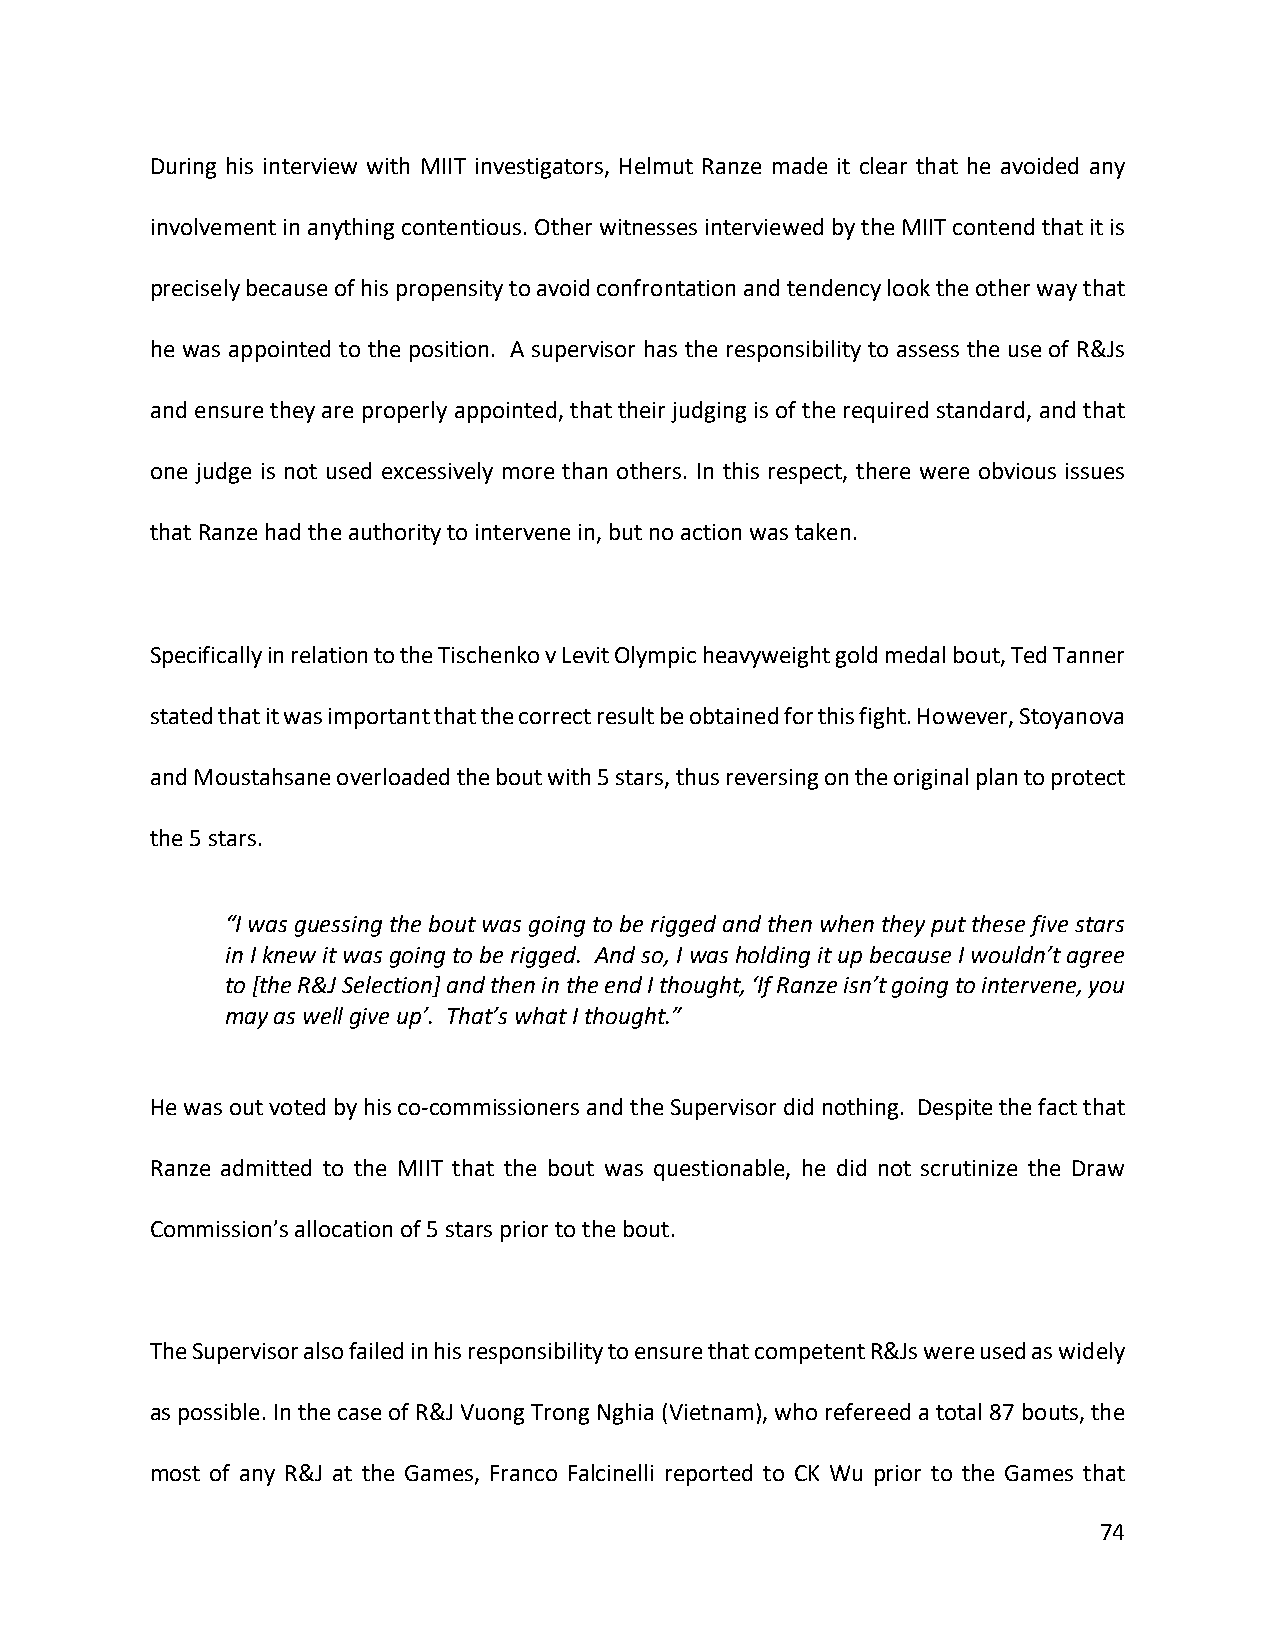
During his interview with MIIT investigators, Helmut Ranze made it clear that he avoided any
 involvement in anything contentious. Other witnesses interviewed by the MIIT contend that it is
 precisely because of his propensity to avoid confrontation and tendency look the other way that
 he was appointed to the position. A supervisor has the responsibility to assess the use of R&Js
 and ensure they are properly appointed, that their judging is of the required standard, and that
 one judge is not used excessively more than others. In this respect, there were obvious issues
 that Ranze had the authority to intervene in, but no action was taken.
 Specifically in relation to the Tischenko v Levit Olympic heavyweight gold medal bout, Ted Tanner
 stated that it was important that the correct result be obtained for this fight. However, Stoyanova
 and Moustahsane overloaded the bout with 5 stars, thus reversing on the original plan to protect
 the 5 stars.
 “I was guessing the bout was going to be rigged and then when they put these five stars
 in I knew it was going to be rigged. And so, I was holding it up because I wouldn’t agree
 to [the R&J Selection] and then in the end I thought, ‘If Ranze isn’t going to intervene, you
 may as well give up’. That’s what I thought.”
 He was out voted by his co-commissioners and the Supervisor did nothing. Despite the fact that
 Ranze admitted to the MIIT that the bout was questionable, he did not scrutinize the Draw
 Commission’s allocation of 5 stars prior to the bout.
 The Supervisor also failed in his responsibility to ensure that competent R&Js were used as widely
 as possible. In the case of R&J Vuong Trong Nghia (Vietnam), who refereed a total 87 bouts, the
 most of any R&J at the Games, Franco Falcinelli reported to CK Wu prior to the Games that
 74